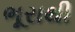
ભૂરાથી